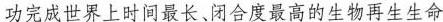
功完成世界上时间最长、闭合度最高的生物再生生命